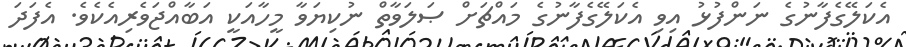
އެކަލޭގެފާނުގެ ނަންފުޅު އިވި އެކަލޭގެފާނުގެ މައްޗަށް ޞަލަވާތް ނުކިޔަވާ މީހާއަކީ އަބާއްޖަވެރިއެކެވެ. އެފަދަ